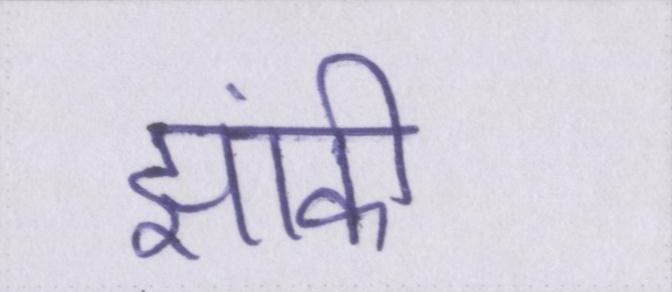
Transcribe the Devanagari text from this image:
झांकी